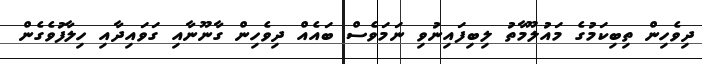
ދިވެހިން ތިބިކަމުގެ މައުލޫމާތު ލިބިފައިނުވި ނަމަވެސް ބައެއް ދިވެހިން ގާނޫނާއި ގަވައިދާއި ހިލާފުވެގެން